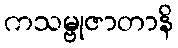
ကသမ္ဗုဇာတာနိ